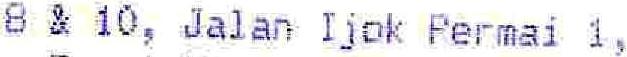
8 & 10, JALAN IJOK PERMAI 1,